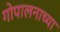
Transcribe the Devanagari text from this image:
गोपालनाच्या